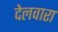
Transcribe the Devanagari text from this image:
देलवारा